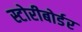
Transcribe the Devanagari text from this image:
स्टोरीबोर्डर